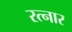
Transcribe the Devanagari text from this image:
रत्नार